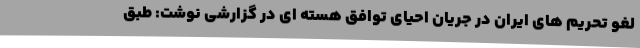
لغو تحریم های ایران در جریان احیای توافق هسته ای در گزارشی نوشت: طبق